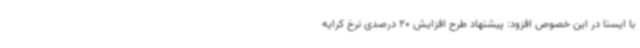
با ایسنا در این خصوص افزود: پیشنهاد طرح افزایش 20 درصدی نرخ کرایه